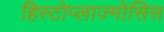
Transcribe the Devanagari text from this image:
हिस्टोप्लाज्मोसिस